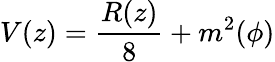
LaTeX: V(z)=\frac{R(z)}{8}+m^{2}(\phi)